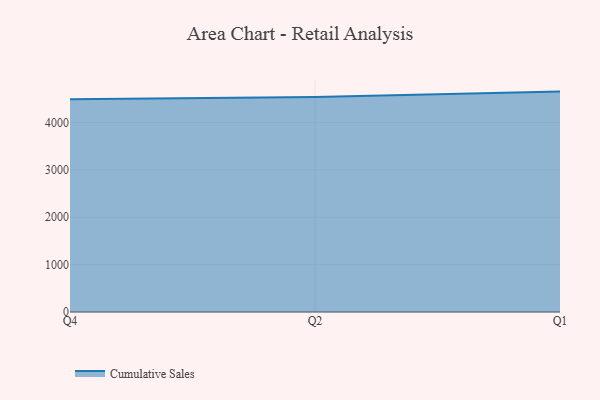
{"axis": {"x": "Quarter", "y": "Website Visitors"}, "legend": ["Cumulative Sales"], "data": [{"x": "Q4", "y": 4491.0, "type": "Cumulative Sales"}, {"x": "Q2", "y": 4536.8, "type": "Cumulative Sales"}, {"x": "Q1", "y": 4650.3, "type": "Cumulative Sales"}]}